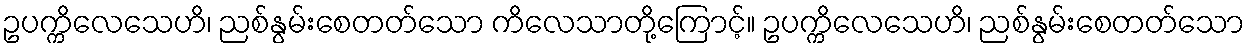
ဥပက္ကိလေသေဟိ၊ ညစ်နွမ်းစေတတ်သော ကိလေသာတို့ကြောင့်။ ဥပက္ကိလေသေဟိ၊ ညစ်နွမ်းစေတတ်သော